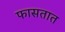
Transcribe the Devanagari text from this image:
फासतात